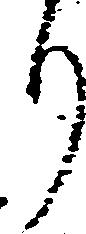
り